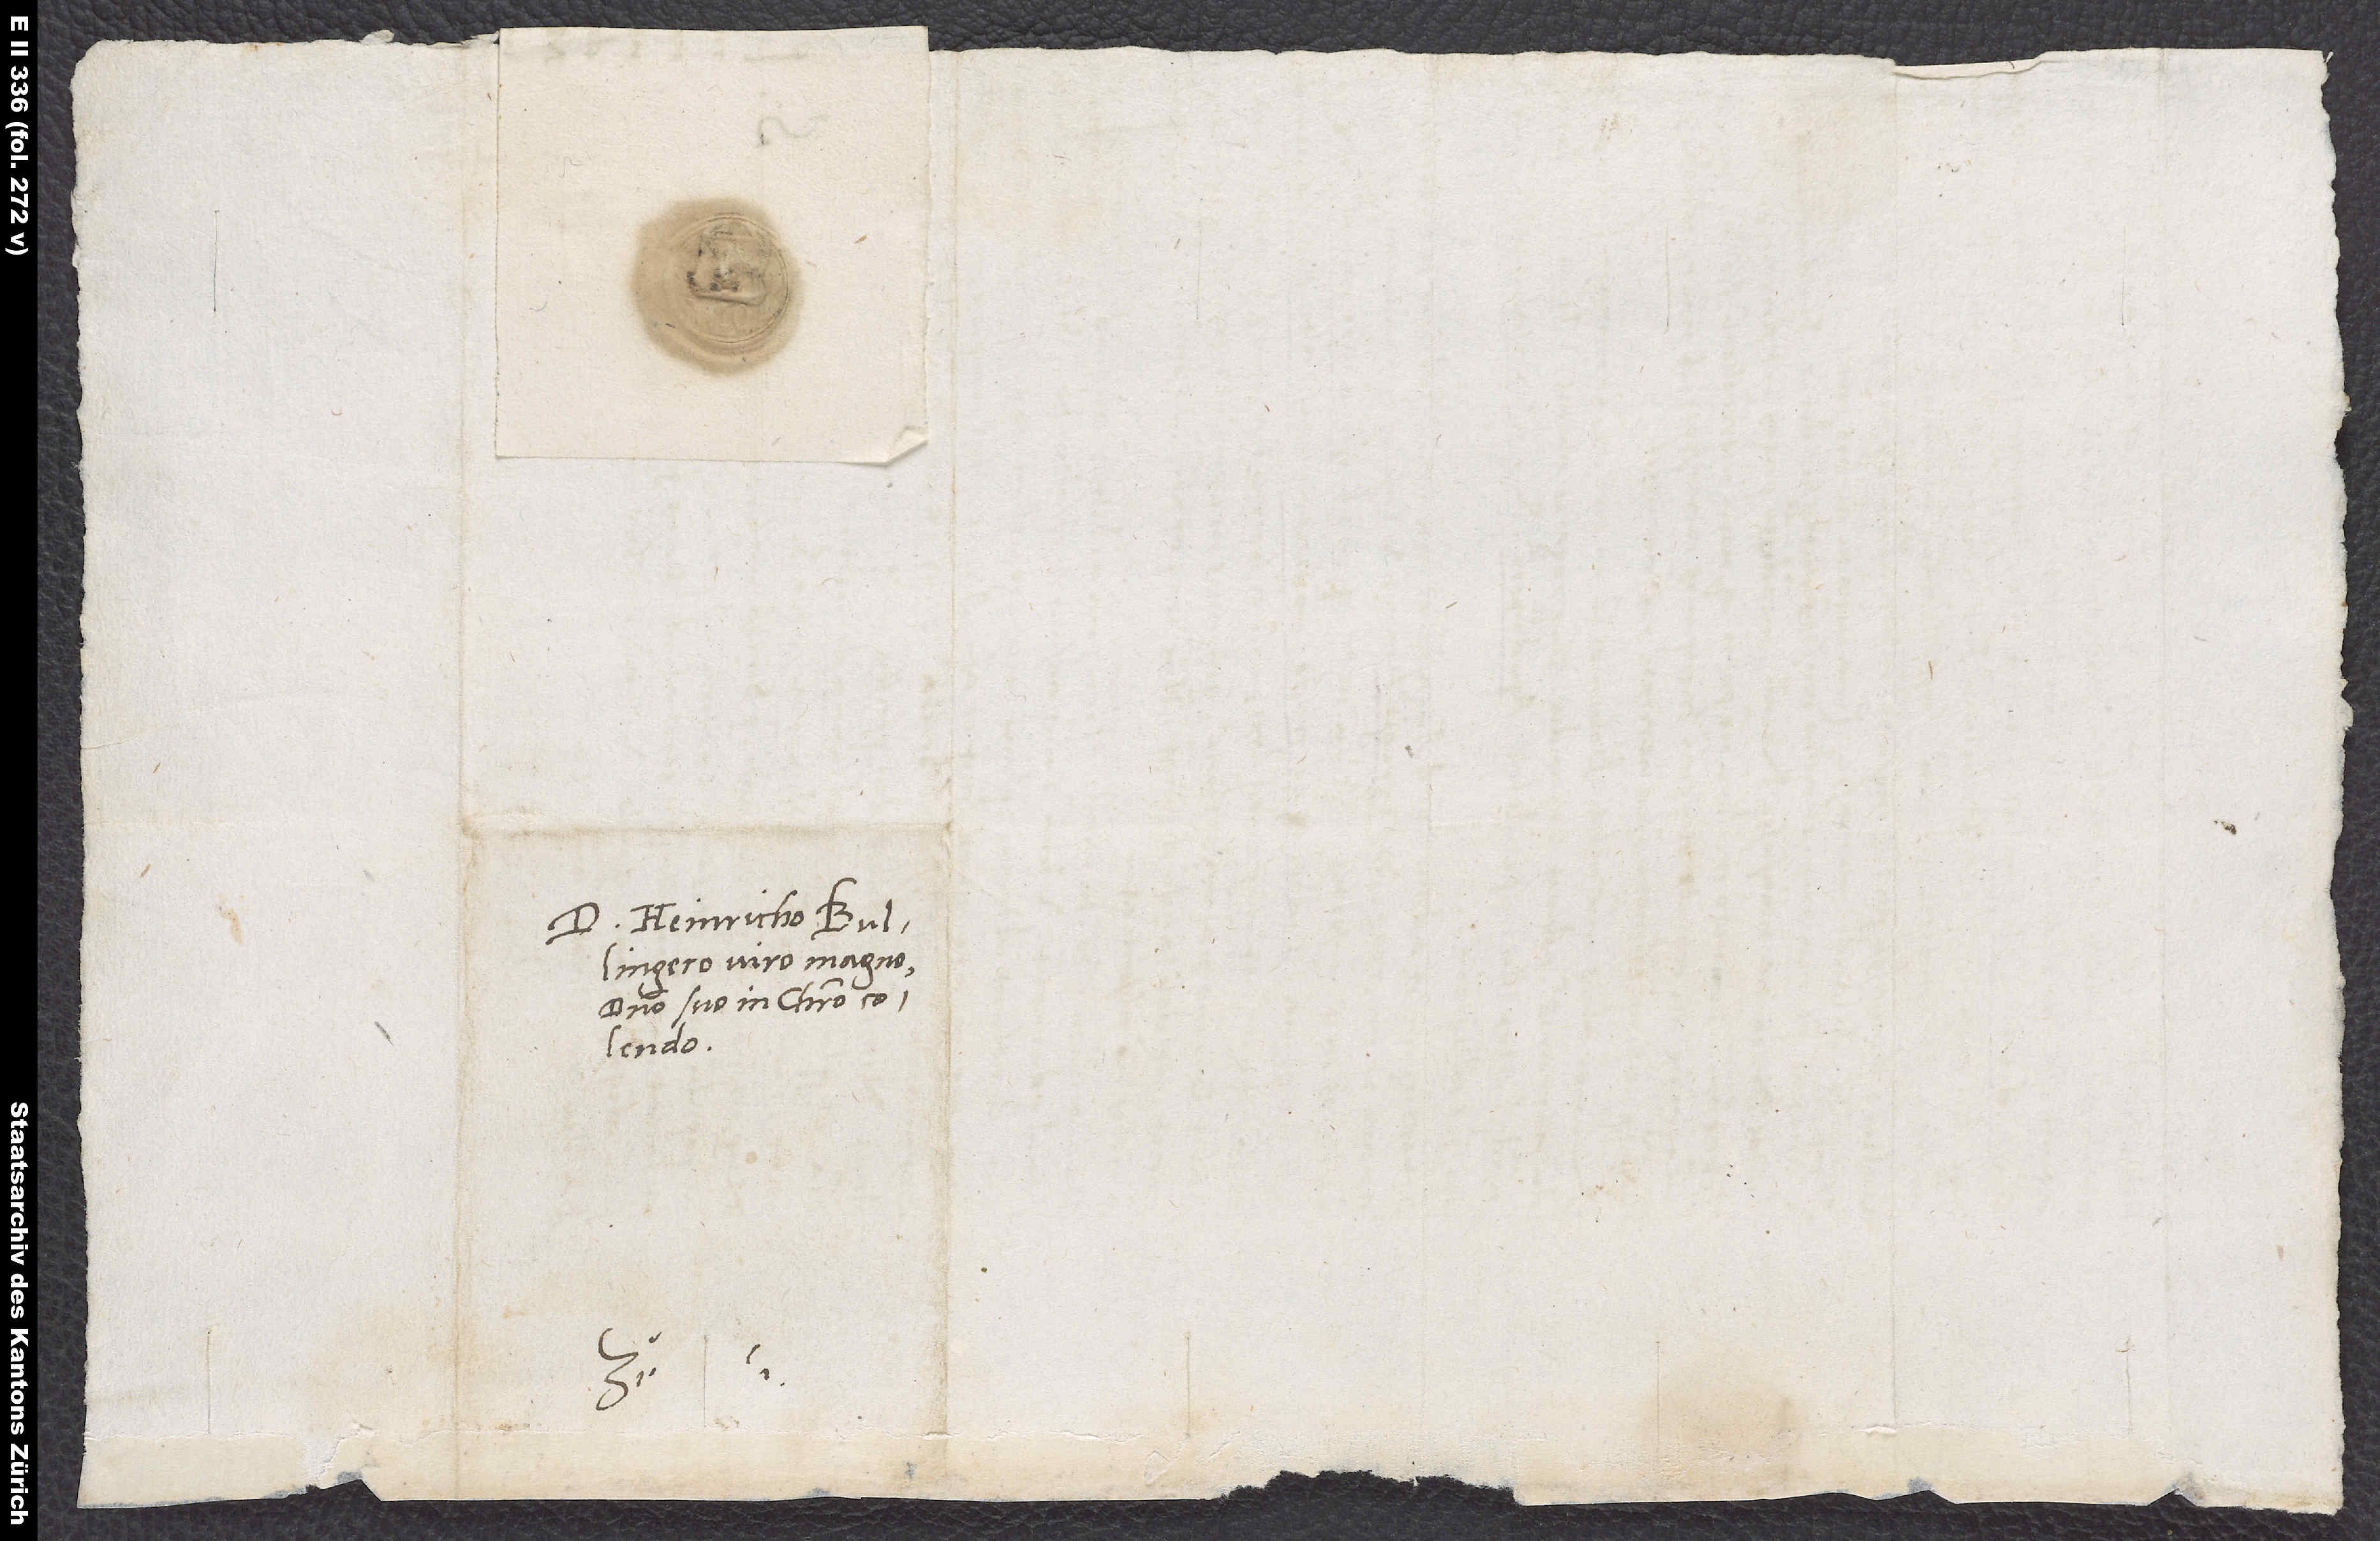
D. Heinricho Bullingero,
domino suo in Christo
colendo.
S.